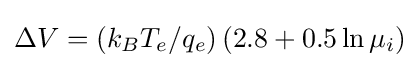
\Delta V=(k_{B}T_{e}/q_{e})\,(2.8+0.5\ln \mu _{i})